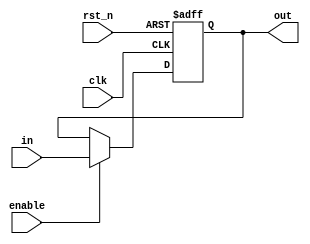
module reg64(out, in, enable, rst_n, clk);
output [63:0] out;
input [63:0] in;
input enable, rst_n, clk;
reg [63:0] out;

always @(posedge clk, negedge rst_n) begin
    if (rst_n == 1'b0)
        out <= 0;
    else begin
        if(enable) 
            out <= in;
        else 
            out <= out;
    end
end

endmodule